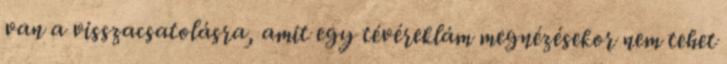
van a visszacsatolásra, amit egy tévéreklám megnézésekor nem tehet